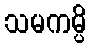
သမကမ္ပိ